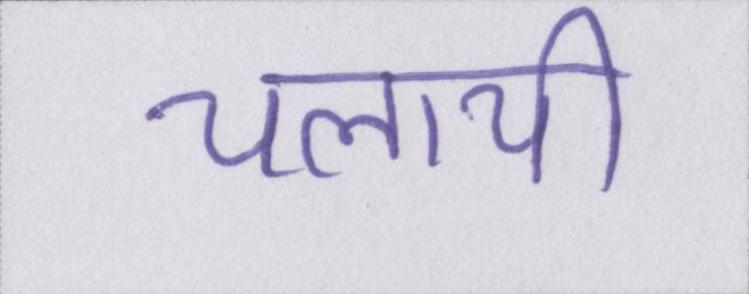
चलायी